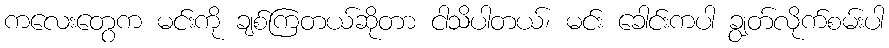
ကလေးတွေက မင်းကို ချစ်ကြတယ်ဆိုတာ ငါသိပါတယ်၊ မင်း ခေါင်းကပါ ချွတ်လိုက်စမ်းပါ